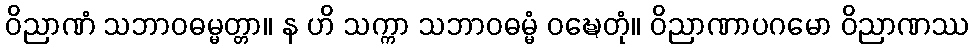
ဝိညာဏံ သဘာဝဓမ္မတ္တာ။ န ဟိ သက္ကာ သဘာဝဓမ္မံ ဝဍ္ဎေတုံ။ ဝိညာဏာပဂမော ဝိညာဏဿ